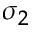
\sigma _ { 2 }